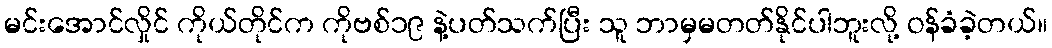
မင်းအောင်လှိုင် ကိုယ်တိုင်က ကိုဗစ်၁၉ နဲ့ပတ်သက်ပြီး သူ ဘာမှမတတ်နိုင်ပါဘူးလို့ ဝန်ခံခဲ့တယ်။